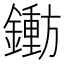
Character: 𬬐